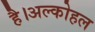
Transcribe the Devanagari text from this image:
है।अल्कोहल